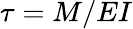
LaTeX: \tau=M/EI